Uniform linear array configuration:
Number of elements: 16
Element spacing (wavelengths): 0.25
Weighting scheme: kaiser
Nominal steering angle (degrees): -60
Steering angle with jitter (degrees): -60.791
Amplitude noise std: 0.05
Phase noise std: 0.05

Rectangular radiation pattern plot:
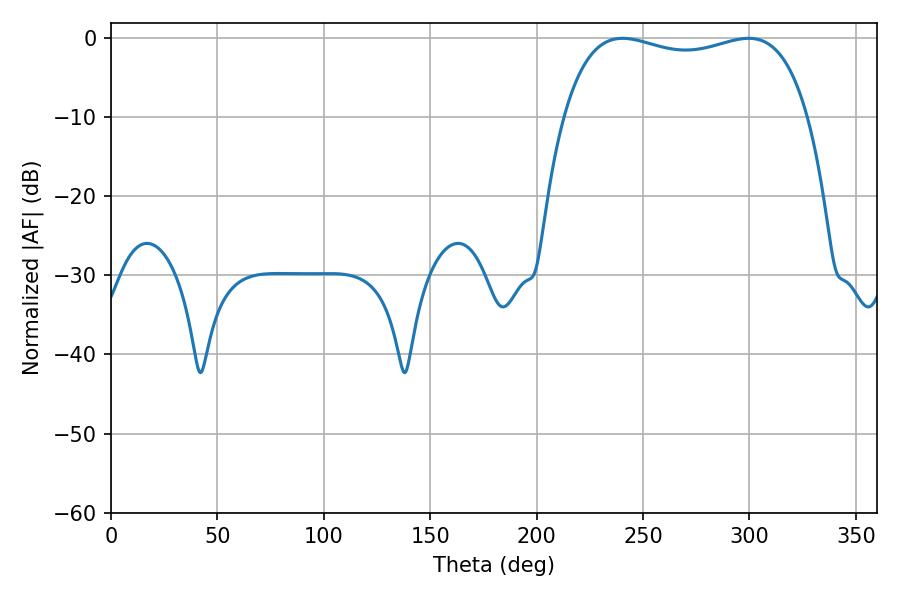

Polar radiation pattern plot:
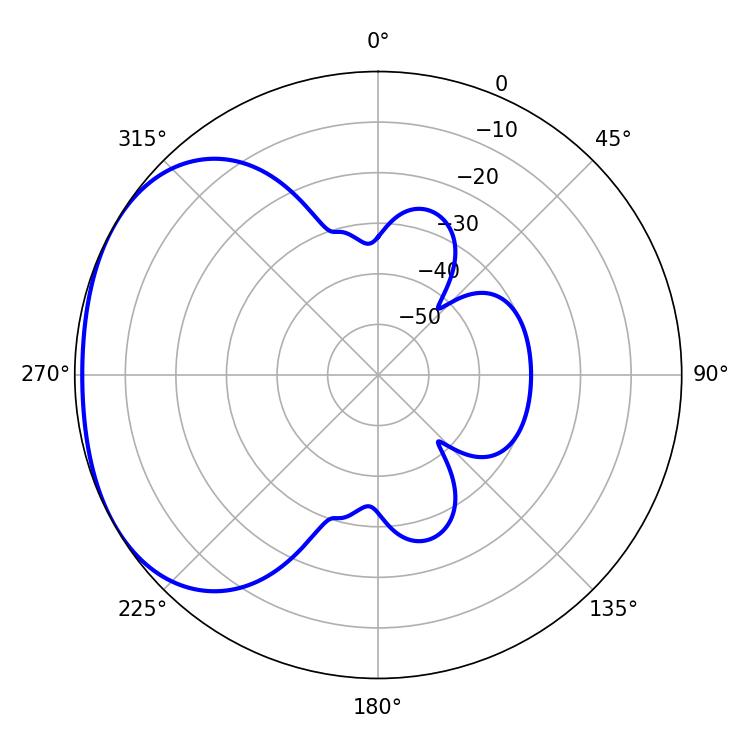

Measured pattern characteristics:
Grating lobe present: FALSE
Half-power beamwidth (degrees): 93.6
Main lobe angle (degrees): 299.7